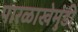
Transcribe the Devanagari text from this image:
पारळाखेमुंडी